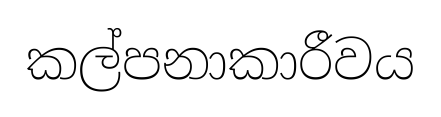
කල්පනාකාරීවය